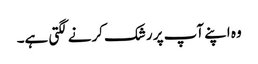
وہ اپنے آپ پر رشک کرنے لگتی ہے۔